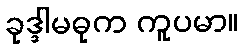
ခုဒ္ဒါမဓုက ကူပမာ။